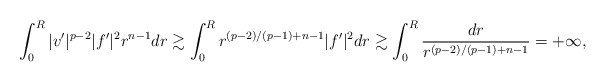
\begin{align*} \int_0^R |v'|^{p-2} |f'|^2 r^{n-1} dr \gtrsim \int_0^{R} r^{(p-2)/(p-1)+n-1} |f'|^2 dr \gtrsim \int_0^R \frac{dr}{r^{(p-2)/(p-1)+n-1} }=+\infty, \end{align*}